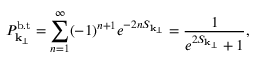
P _ { { \bf k } _ { \perp } } ^ { \mathrm { b . t } } = \sum _ { n = 1 } ^ { \infty } ( - 1 ) ^ { n + 1 } e ^ { - 2 n S _ { { \bf k } _ { \perp } } } = \frac { 1 } { e ^ { 2 S _ { { \bf k } _ { \perp } } } + 1 } ,